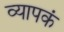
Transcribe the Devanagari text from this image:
व्यापकं